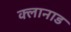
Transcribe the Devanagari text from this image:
क्लानाड